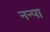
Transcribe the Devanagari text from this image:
नन्पा